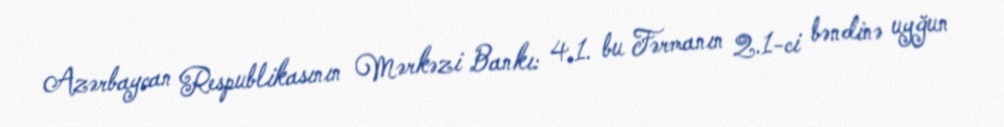
Azərbaycan Respublikasının Mərkəzi Bankı: 4.1. bu Fərmanın 2.1-ci bəndinə uyğun